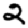
Digit: 2